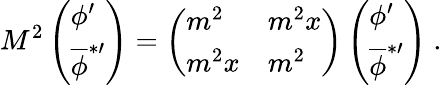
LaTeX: M^{2}\left(\begin{array}{l}{{\phi^{\prime}}}\\ {{{\overline{{{\phi}}}}^{*\prime}}}\end{array}\right)=\left(\begin{array}{ll}{{m^{2}}}&{{m^{2}x}}\\ {{m^{2}x}}&{{m^{2}}}\end{array}\right)\left(\begin{array}{l}{{\phi^{\prime}}}\\ {{{\overline{{{\phi}}}}^{*\prime}}}\end{array}\right)\ .